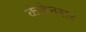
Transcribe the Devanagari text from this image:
कंडेनसर